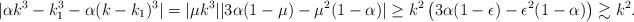
LaTeX: \begin{align*}|\alpha k^3 - k_1^3 - \alpha (k-k_1)^3 | &= |\mu k^3||3 \alpha (1-\mu) - \mu^2(1-\alpha)| \geq k^2 \left(3\alpha(1-\epsilon) - \epsilon^2(1-\alpha) \right) \gtrsim k^2.\end{align*}